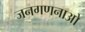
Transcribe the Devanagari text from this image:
जनगणनाओ